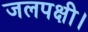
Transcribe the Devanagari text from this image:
जलपक्षी।